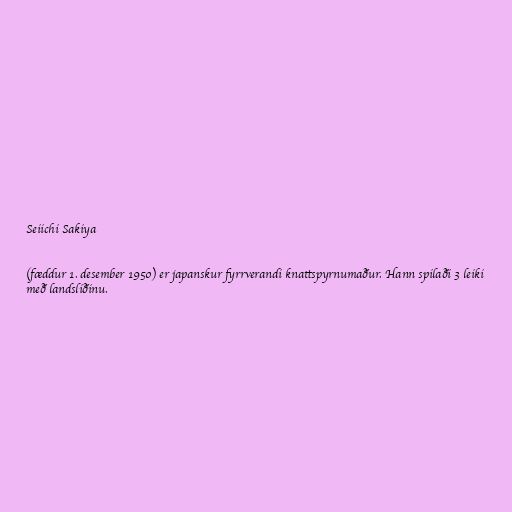
Seiichi Sakiya

(fæddur 1. desember 1950) er japanskur fyrrverandi knattspyrnumaður. Hann spilaði 3 leiki
með landsliðinu.